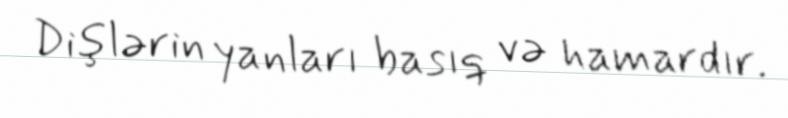
Dişlərin yanları basıq və hamardır.